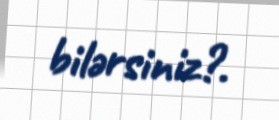
bilərsiniz?.